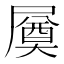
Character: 㞟